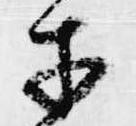
才